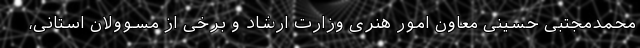
محمدمجتبی حسینی معاون امور هنری وزارت ارشاد و برخی از مسوولان استانی،